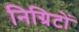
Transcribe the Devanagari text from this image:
निग्रिटों